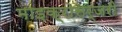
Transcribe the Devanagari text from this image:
माइक्रोसर्जरी